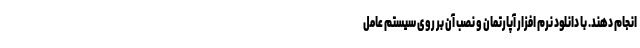
انجام دهند. با دانلود نرم افزار آپارتمان و نصب آن بر روی سیستم عامل